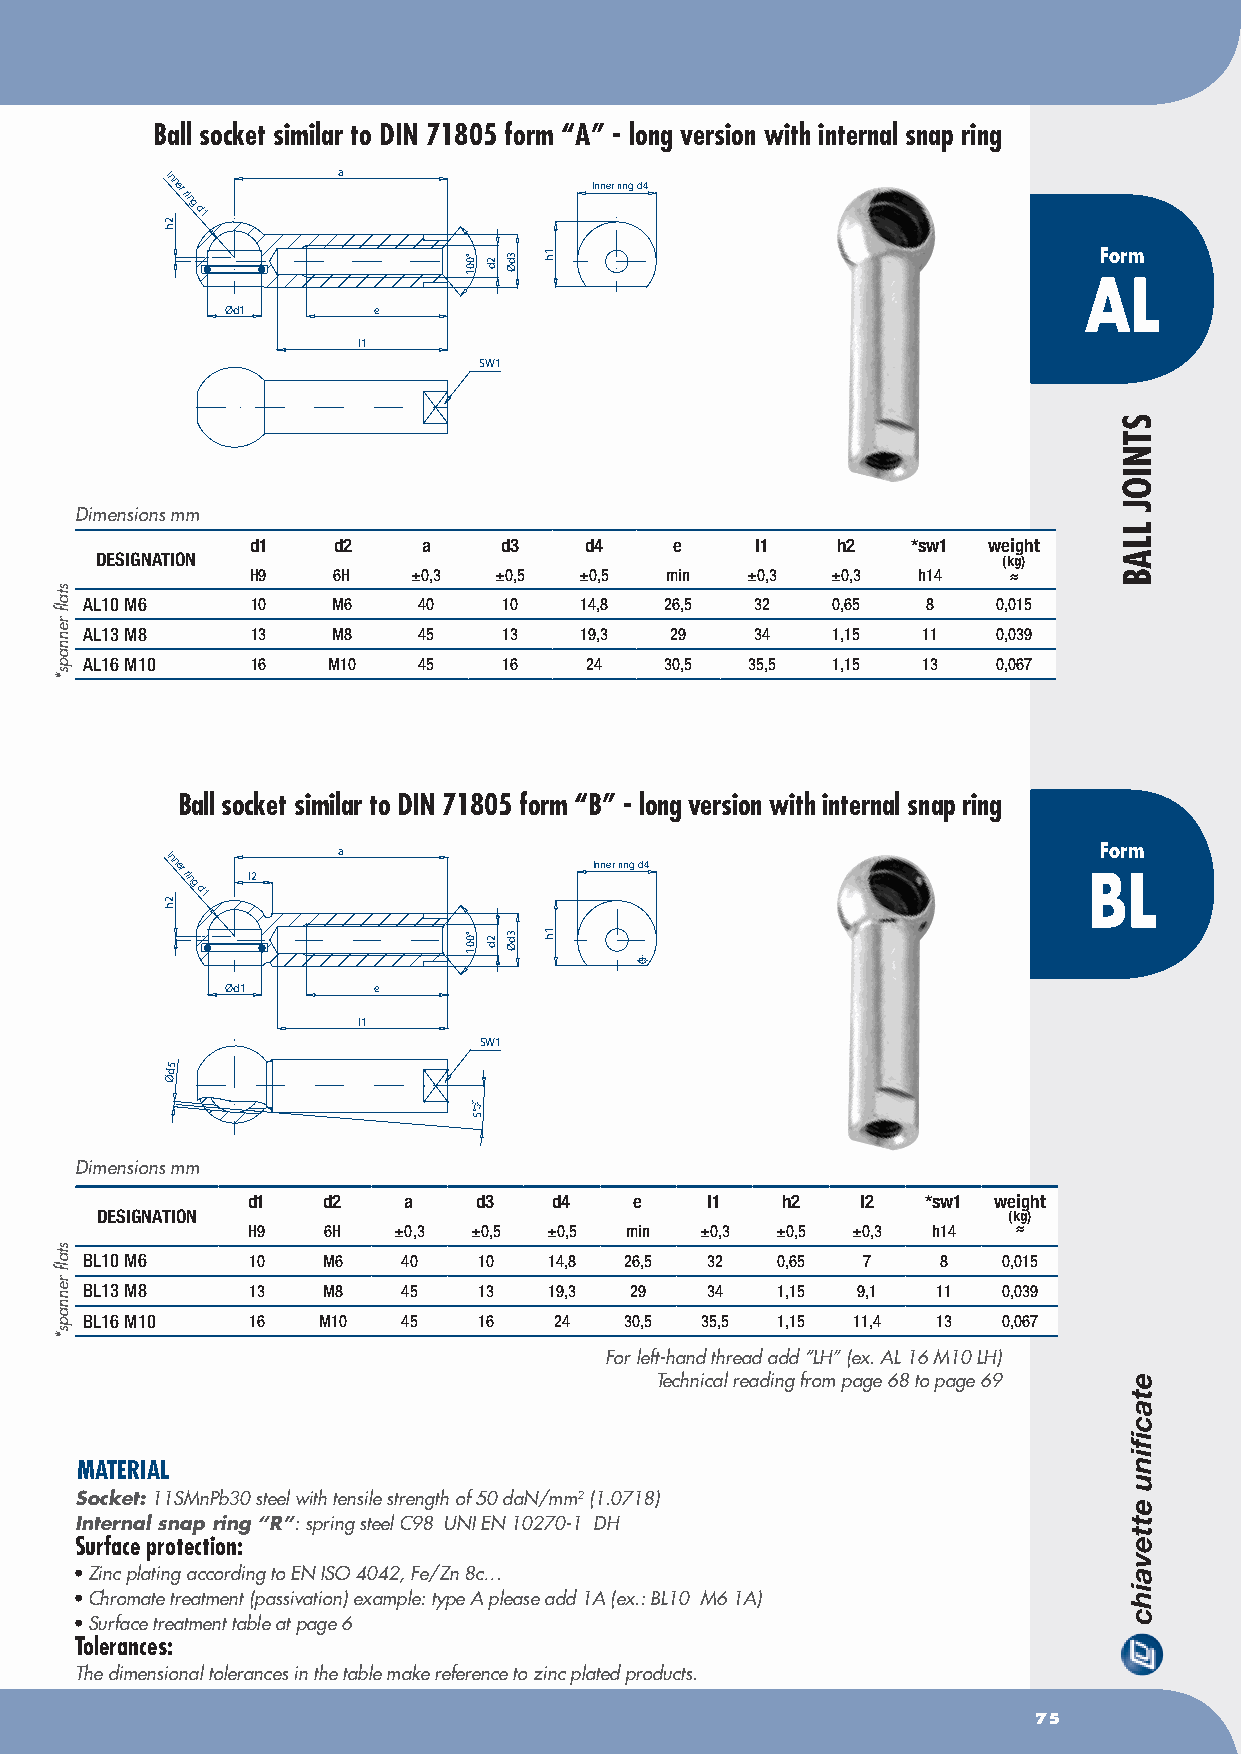
Ball socket similar to DIN 71805 form “A” - long version with internal snap ring
 Inner
 ring
 d1
 a
 Inner ring d4
 Form
 AL
 Ød1       e
 l1
 SW1
 Dimensions mm
 d1   d2    a    d3    d4    e    l1   h2   *sw1 weight
 DESIGNATION                                                 (kg)
 H9   6H   ±0,3  ±0,5 ±0,5  min  ±0,3  ±0,3  h14   ≈
 AL10 M6    10   M6    40   10   14,8  26,5  32   0,65  8    0,015
 AL13 M8    13   M8    45   13   19,3  29    34   1,15  11   0,039
 AL16 M10   16   M10   45   16    24   30,5  35,5 1,15  13   0,067
 Ball socket similar to DIN 71805 form “B” - long version with internal snap ring
 Inner
 ring
 d1
 l2
 a
 Inner ring d4
 BFor Lm
 Ød1       e
 l1
 SW1
 d5
 Ø
 +3° 5°-2°
 Dimensions mm
 d1   d2    a    d3   d4   e    l1   h2   l2  *sw1 weight
 DESIGNATION                                                  (kg)
 H9   6H   ±0,3 ±0,5 ±0,5 min  ±0,3 ±0,5 ±0,3  h14  ≈
 BL10 M6   10   M6    40   10  14,8 26,5  32  0,65  7    8   0,015
 BL13 M8   13   M8    45   13  19,3  29   34  1,15  9,1  11  0,039
 BL16 M10  16   M10   45   16   24  30,5 35,5 1,15 11,4  13  0,067
 For left-hand thread add “LH” (ex. AL 16 M10 LH)
 Technical reading from page 68 to page 69
 MATERIAL
 Socket: 11SMnPb30 steel with tensile strength of 50 daN/mm2 (1.0718)
 Internal snap ring “R”: spring steel C98 UNI EN 10270-1 DH
 Surface protection:
 • Zinc plating according to EN ISO 4042, Fe/Zn 8c…
 • Chromate treatment (passivation) example: type A please add 1A (ex.: BL10 M6 1A)
 • Surface treatment table at page 6
 Tolerances:
 The dimensional tolerances in the table make reference to zinc plated products.
 75
 stafl
 rennaps*
 stafl
 rennaps*
 2h
 2h
 °001
 °001
 2d
 2d
 3dØ
 3dØ
 1h
 1h
 STNIOJ
 LLAB